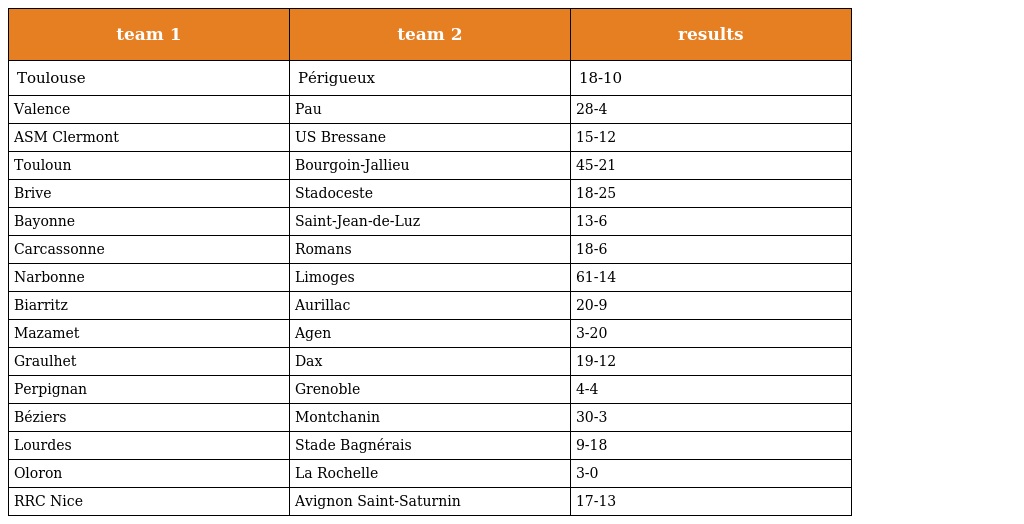
| team 1 | team 2 | results |
 | --- | --- | --- |
 | Toulouse | Périgueux | 18-10 |
 | Valence | Pau | 28-4 |
 | ASM Clermont | US Bressane | 15-12 |
 | Touloun | Bourgoin-Jallieu | 45-21 |
 | Brive | Stadoceste | 18-25 |
 | Bayonne | Saint-Jean-de-Luz | 13-6 |
 | Carcassonne | Romans | 18-6 |
 | Narbonne | Limoges | 61-14 |
 | Biarritz | Aurillac | 20-9 |
 | Mazamet | Agen | 3-20 |
 | Graulhet | Dax | 19-12 |
 | Perpignan | Grenoble | 4-4 |
 | Béziers | Montchanin | 30-3 |
 | Lourdes | Stade Bagnérais | 9-18 |
 | Oloron | La Rochelle | 3-0 |
 | RRC Nice | Avignon Saint-Saturnin | 17-13 |